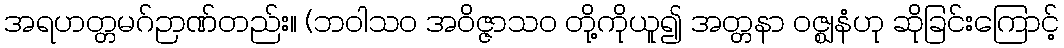
အရဟတ္တမဂ်ဉာဏ်တည်း။ (ဘဝါသဝ အဝိဇ္ဇာသဝ တို့ကိုယူ၍ အတ္တနာ ဝဇ္ဈနံဟု ဆိုခြင်းကြောင့်